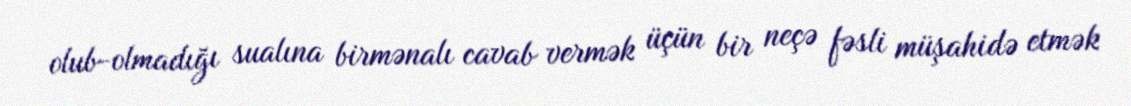
olub-olmadığı sualına birmənalı cavab vermək üçün bir neçə fəsli müşahidə etmək